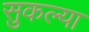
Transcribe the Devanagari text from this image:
सुकल्या